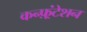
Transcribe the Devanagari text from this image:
कन्फ़्रंटेशन